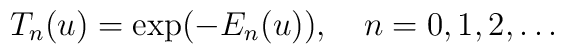
T_n(u)=\exp(-E_n(u)),\quad n=0,1,2,\ldots